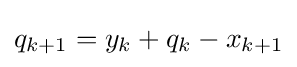
q_{k+1}=y_{k}+q_{k}-x_{k+1}